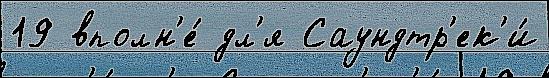
19 вполн'е́ дл'я Саундтр'ек'и́